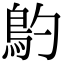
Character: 𩾡